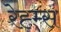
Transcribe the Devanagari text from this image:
रेह्म्स